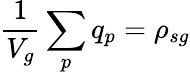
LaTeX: \frac{1}{V_{g}}\sum_{p}q_{p}=\rho_{sg}